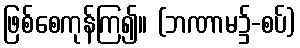
ဖြစ်စေကုန်ကြ၍။ (ဘဏာမ၌-စပ်)